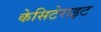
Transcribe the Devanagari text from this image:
केसिटेराइट